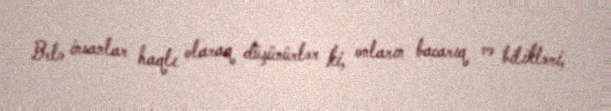
Belə insanlar haqlı olaraq düşünürlər ki, onların bacarıq və bilikləri,